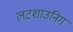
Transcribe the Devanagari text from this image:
लटशाउनिग